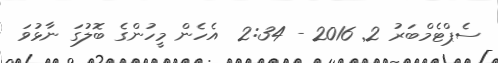
ސެޕްޓެމްބަރު 2